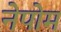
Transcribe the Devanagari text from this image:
नेपोम